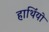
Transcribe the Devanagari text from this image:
हाथिंयो